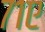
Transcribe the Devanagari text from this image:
७१ए